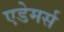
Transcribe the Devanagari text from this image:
एडेमर्स